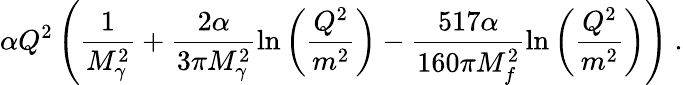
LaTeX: \alpha Q^{2}\left(\frac{1}{M_{\gamma}^{2}}+\frac{2\alpha}{3\pi M_{\gamma}^{2}}\ln\left(\frac{Q^{2}}{m^{2}}\right)-\frac{517\alpha}{160\pi M_{f}^{2}}\ln\left(\frac{Q^{2}}{m^{2}}\right)\right)\ .